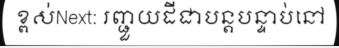
ខ្ពស់Next: រញ្ជួយដីជាបន្តបន្ទាប់នៅ